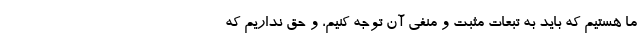
ما هستیم که باید به تبعات مثبت و منفی آن توجه کنیم، و حق نداریم که